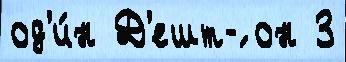
од'и́н Д'ешт-́ он 3